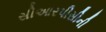
સીઆરપીસીની